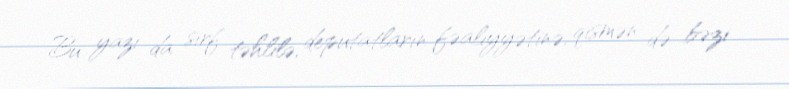
Bu yazı da sırf təhlilə, deputatların fəaliyyətinə, qismən də bəzi